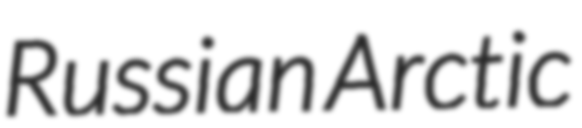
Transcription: Russian Arctic